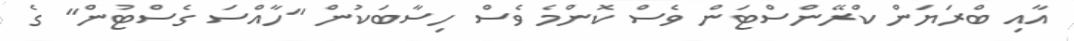
އާއި ބްރަޔަން ކްރޭންސްޓަން ވެސް ކޮންމެ ވެސް ހިސާބަކުން "ހާއްސަ ގެސްޓުން" ގެ